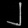
Digit: ၂